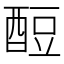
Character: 𫑶